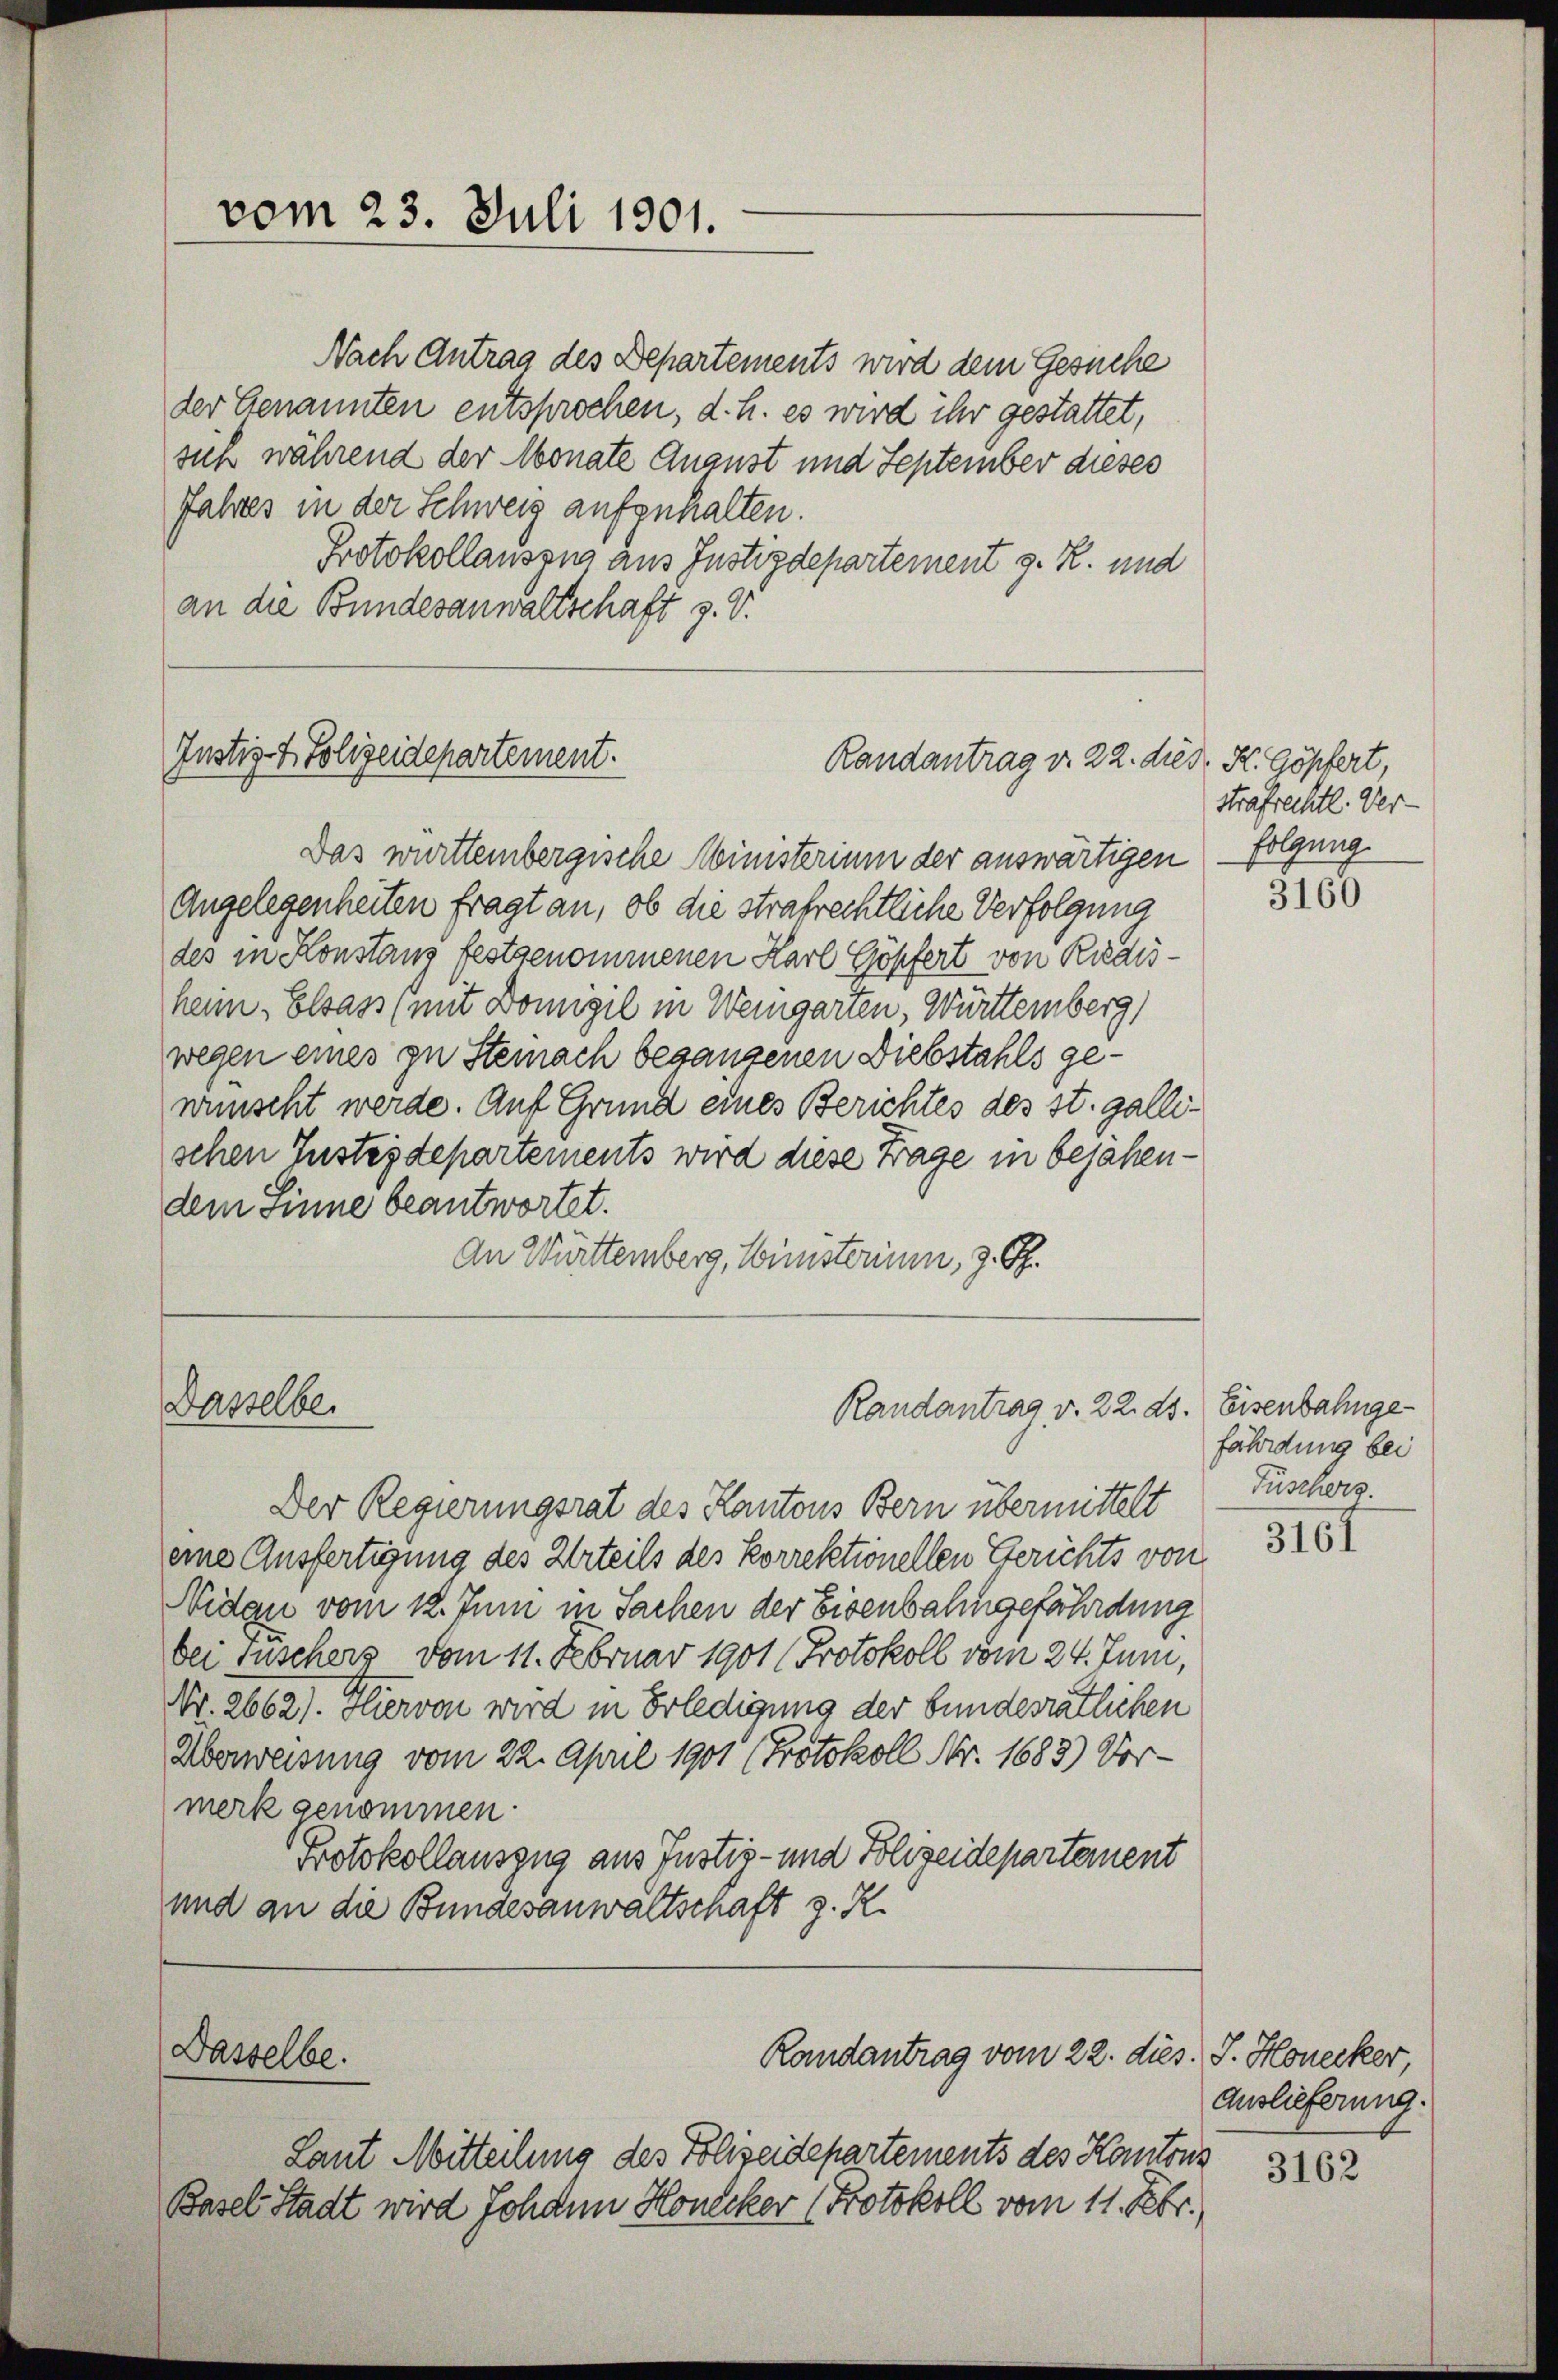
vom 23. Juli 1901.

Justiz- & Polizeidepartement.

Dasselbe.

Dasselbe.

Nach Antrag des Departements wird dem Gesuche
der Genannten entsprochen, d. h. es wird ihr gestattet,
sich während der Monate August und September dieses
Jahres in der Schweiz aufzuhalten.
Protokollauszug aus Justizdepartement z. R. und
an die Bundesanwaltschaft z. V.

Randantrag d. 22. dies K. Göpfert,

Randantrag v. 22. ds. Eisenbahnge¬

Das württembergische Ministerium der auswärtigen – folgung
Angelegenheiten fragt an, ob die strafrechtliche Verfolgung
des in Konstanz festgenommenen Karl Göpfert von Riedisheim Elsass, mit Donngel in Weingarten, Württemberg)
wegen eines zu Steinach begangenen Diebstahls gewünscht werde. Auf Grund eines Berichtes des st. gallischen Justizdepartements wird diese Frage in bejahendem Sinne beantwortet.
An Württemberg, Münsterium, z. B.

Der Regierungsrat des Kantons Bern übermittelt
eine Ausfertigung des Urteils des Korrektionellen Gerichts von
Nidau vom 12. Juni in Sachen der Eisenbahngefährdung
bei Fuschers vom 11. Februar 1901 (Protokoll vom 24. Juni,
Nr. 2662). Hiervon wird in Erledigung der bundesrätlichen
Überweisung vom 22. April 1901 (Protokoll Nr. 1683) Vor-
merk genommen.
Protokollauszug aus Justiz- und Polizeidepartement
und an die Bundesanwaltschaft z. R.

Laut Mitteilung des Polizeidepartements des Kantons
Basel Stadt wird Johann Honecker (Protokoll vom 11. Febr.

Randantrag vom 22. dies. S. Honecker

strafrechtl. Ver¬

3160

fährdung bei
Füschers.

3161

Auslieferung.

3162